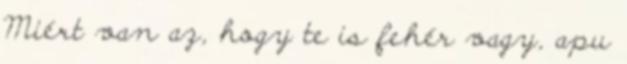
Miért van az, hogy te is fehér vagy, apu